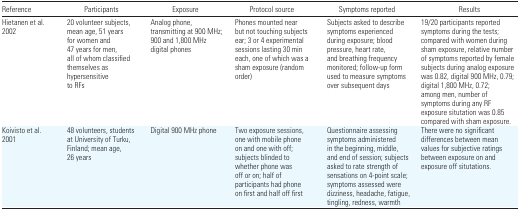
| Reference | Participants | Exposure | Protocol source | Symptoms reported | Results |
 | --- | --- | --- | --- | --- | --- |
 | Hietanen et al. 2002 | 20 volunteer subjects, mean age, 51 years for women and 47 years for men, all of whom classified themselves as hypersensitive to RFs | Analog phone, transmitting at 900 MHz; 900 and 1,800 MHz digital phones | Phones mounted near but not touching subjects ear; 3 or 4 experimental sessions lasting 30 min each, one of which was a sham exposure (random order) | Subjects asked to describe symptoms experienced during exposure; blood pressure, heart rate, and breathing frequency monitored; follow-up form used to measure symptoms over subsequent days | 19/20 participants reported symptoms during the tests; compared with women during sham exposure, relative number of symptoms reported by female subjects during analog exposure was 0.82, digital 900 MHz, 0.79; digital 1,800 MHz, 0.72; among men, number of symptoms during any RF exposure situtation was 0.85 compared with sham exposure. |
 | Koivisto et al. 2001 | 48 volunteers, students at University of Turku, Finland; mean age, 26 years | Digital 900 MHz phone | Two exposure sessions, one with mobile phone on and one with off; subjects blinded to whether phone was off or on; half of participants had phone on first and half off first | Questionnaire assessing symptoms administered in the beginning, middle, and end of session; subjects asked to rate strength of sensations on 4-point scale; symptoms assessed were dizziness, headache, fatigue, tingling, redness, warmth | There were no significant differences between mean values for subjective ratings between exposure on and exposure off situtations. |